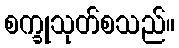
စက္ခုသုတ်စသည်။